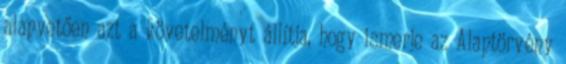
alapvetően azt a követelményt állítja, hogy ismerje az Alaptörvény